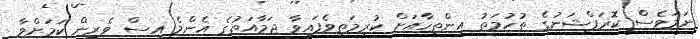
ނަމަވެސް ކޮރަޕްޝަނުގެ ތުހުމަތު އިންތިހާއަށް ކުރިމަތިވެފައިވާ ޖަމާއަތުގެ އެންމެ އިސް ވެރިން ކަމަށްވާ